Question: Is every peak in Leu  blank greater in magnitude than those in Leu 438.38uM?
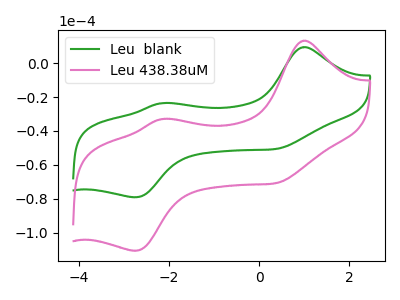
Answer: <think>The green curve "Leu  blank" has anodic peaks at (1.00V, 9.50uA) (-2.15V, -23.50uA) and cathodic peaks at (0.40V, -50.40uA) (-2.75V, -79.15uA). The pink curve "Leu 438.38uM" has anodic peaks at (1.00V, 13.30uA) (-2.15V, -32.90uA) and cathodic peaks at (0.40V, -70.50uA) (-2.75V, -110.70uA).</think>
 <answer>The peaks in "Leu  blank" are neither all higher or all lower than the peaks in "Leu 438.38uM".</answer>
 <eval>mixed</eval>